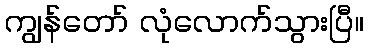
ကျွန်တော် လုံလောက်သွားပြီ။